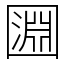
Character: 㘤